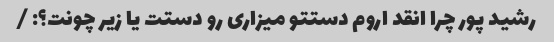
رشید پور چرا انقد اروم دستتو میزاری رو دستت یا زیر چونت؟: /